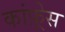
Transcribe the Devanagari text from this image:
कांफ़्रेस